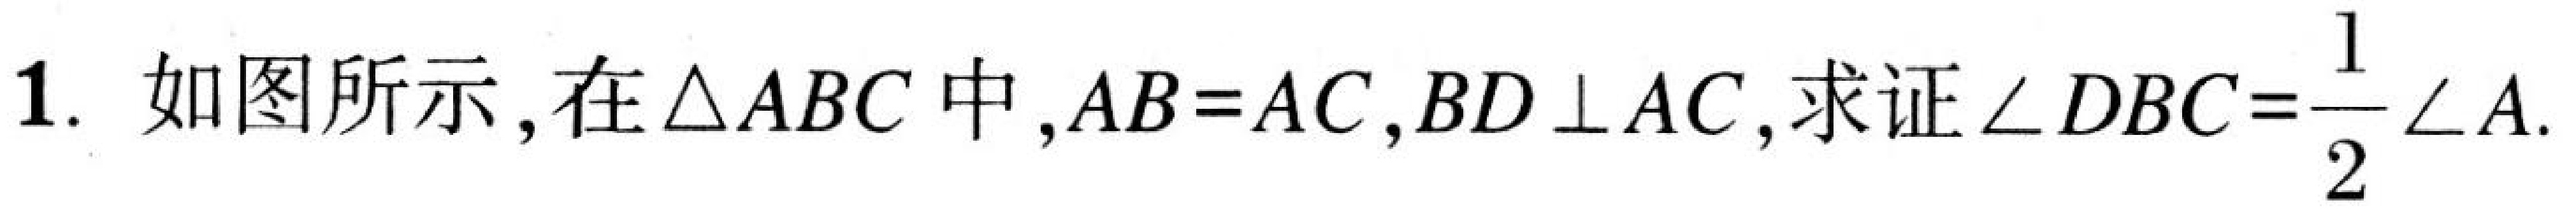
1. 如图所示，在$\triangle ABC$中，$AB = AC$，$BD\perp AC$，求证$\angle DBC=\dfrac{1}{2}\angle A$.